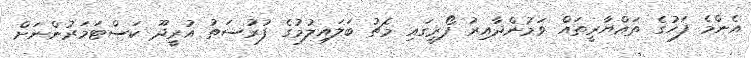
އެންމެ ފަހުގެ ތައްޔާރީތައް ވަމުންދާއިރު ފޯރީގައި މެޗު ބަލައިލުމުގެ ފުރުސަތު އުރީދޫ ކަސްޓަމަރުންނަށް